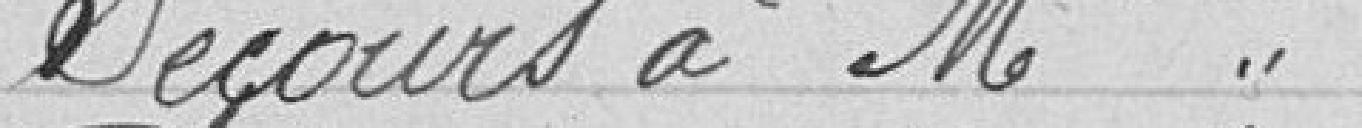
Secours à Mme Frey